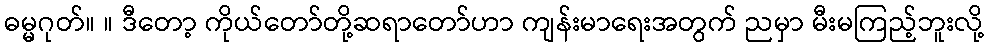
ဓမ္မဂုတ်။ ။ ဒီတော့ ကိုယ်တော်တို့ဆရာတော်ဟာ ကျန်းမာရေးအတွက် ညမှာ မီးမကြည့်ဘူးလို့